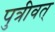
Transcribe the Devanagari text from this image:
पुत्रीवत्